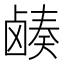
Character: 𬸷